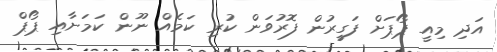
އަދި މިއީ ޕޯޕަށް ފަގީރުން ފޮރުވަން ކުރި ކަމެއް ނޫން ކަމަށާއި ޕޯޕް